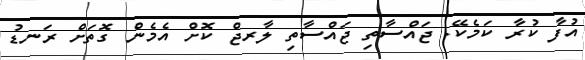
އުފާ ކުރާ ކަމެކޭ. ޖައްސާތި ޖައްސާތި ލާރޖް ކޮށް އެމެން ގޮތަށް ރަނޑު